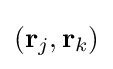
(\mathbf {r} _{j},\mathbf {r} _{k})